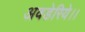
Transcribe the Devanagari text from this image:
अवडेरिये।।